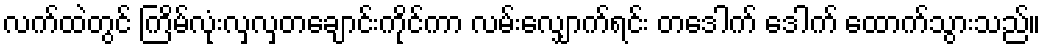
လက်ထဲတွင် ကြိမ်လုံးလှလှတချောင်းကိုင်ကာ လမ်းလျှောက်ရင်း တဒေါက် ဒေါက် ထောက်သွားသည်။